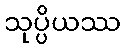
သုပ္ပိယဿ